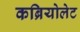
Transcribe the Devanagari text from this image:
कब्रियोलेट